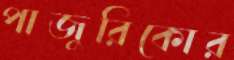
পাজুরিকোর